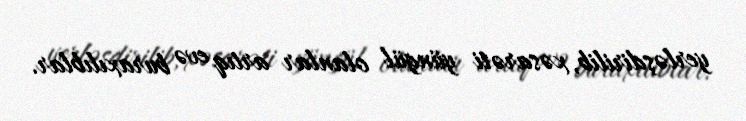
yerləşdirilib, xəsarəti yüngül olanlar artıq evə buraxılıblar.